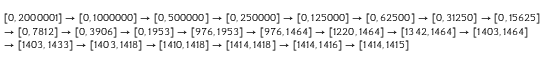
{ \begin{array} { r l } & { [ 0 , 2 0 0 0 0 0 1 ] \rightarrow [ 0 , 1 0 0 0 0 0 0 ] \rightarrow [ 0 , 5 0 0 0 0 0 ] \rightarrow [ 0 , 2 5 0 0 0 0 ] \rightarrow [ 0 , 1 2 5 0 0 0 ] \rightarrow [ 0 , 6 2 5 0 0 ] \rightarrow [ 0 , 3 1 2 5 0 ] \rightarrow [ 0 , 1 5 6 2 5 ] } \\ & { \rightarrow [ 0 , 7 8 1 2 ] \rightarrow [ 0 , 3 9 0 6 ] \rightarrow [ 0 , 1 9 5 3 ] \rightarrow [ 9 7 6 , 1 9 5 3 ] \rightarrow [ 9 7 6 , 1 4 6 4 ] \rightarrow [ 1 2 2 0 , 1 4 6 4 ] \rightarrow [ 1 3 4 2 , 1 4 6 4 ] \rightarrow [ 1 4 0 3 , 1 4 6 4 ] } \\ & { \rightarrow [ 1 4 0 3 , 1 4 3 3 ] \rightarrow [ 1 4 0 3 , 1 4 1 8 ] \rightarrow [ 1 4 1 0 , 1 4 1 8 ] \rightarrow [ 1 4 1 4 , 1 4 1 8 ] \rightarrow [ 1 4 1 4 , 1 4 1 6 ] \rightarrow [ 1 4 1 4 , 1 4 1 5 ] } \end{array} }